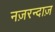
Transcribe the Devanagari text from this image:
नज़रन्दाज़